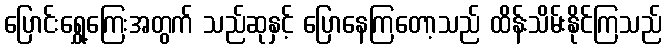
ပြောင်းရွှေ့ကြေးအတွက် သည်ဆုနှင့် ပြောနေကြတော့သည် ထိန်းသိမ်းနိုင်ကြသည်